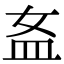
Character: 𥁅